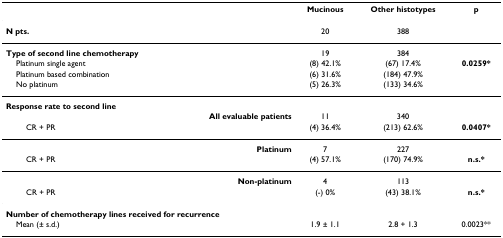
|  | Mucinous | Other histotypes | p |
 | --- | --- | --- | --- |
 | N pts. | 20 | 388 |  |
 | Type of second line chemotherapy | 19 | 384 |  |
 | Platinum single agent | (8) 42.1% | (67) 17.4% | 0.0259* |
 | Platinum based combination | (6) 31.6% | (184) 47.9% |  |
 | No platinum | (5) 26.3% | (133) 34.6% |  |
 | Response rate to second line |  |  |  |
 | All evaluable patients | 11 | 340 |  |
 | CR + PR | (4) 36.4% | (213) 62.6% | 0.0407* |
 | Platinum | 7 | 227 |  |
 | CR + PR | (4) 57.1% | (170) 74.9% | n.s.* |
 | Non-platinum | 4 | 113 |  |
 | CR + PR | (-) 0% | (43) 38.1% | n.s.* |
 | Number of chemotherapy lines received for recurrence |  |  |  |
 | Mean (± s.d.) | 1.9 ± 1.1 | 2.8 + 1.3 | 0.0023** |